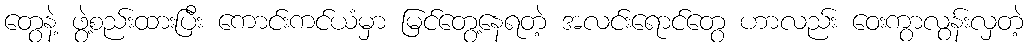
တွေနဲ့ ဖွဲ့စည်းထားပြီး ကောင်းကင်ယံမှာ မြင်တွေ့နေရတဲ့ အလင်းရောင်တွေ ဟာလည်း ဝေးကွာလွန်းလှတဲ့